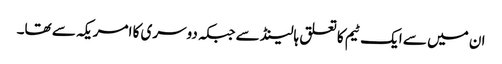
ان میں سے ایک ٹیم کا تعلق ہالینڈ سے جبکہ دوسری کا امریکہ سے تھا۔